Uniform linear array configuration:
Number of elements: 4
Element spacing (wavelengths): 0.75
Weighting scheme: cosine
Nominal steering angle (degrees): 30
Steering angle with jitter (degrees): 29.905
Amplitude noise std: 0.05
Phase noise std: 0.05

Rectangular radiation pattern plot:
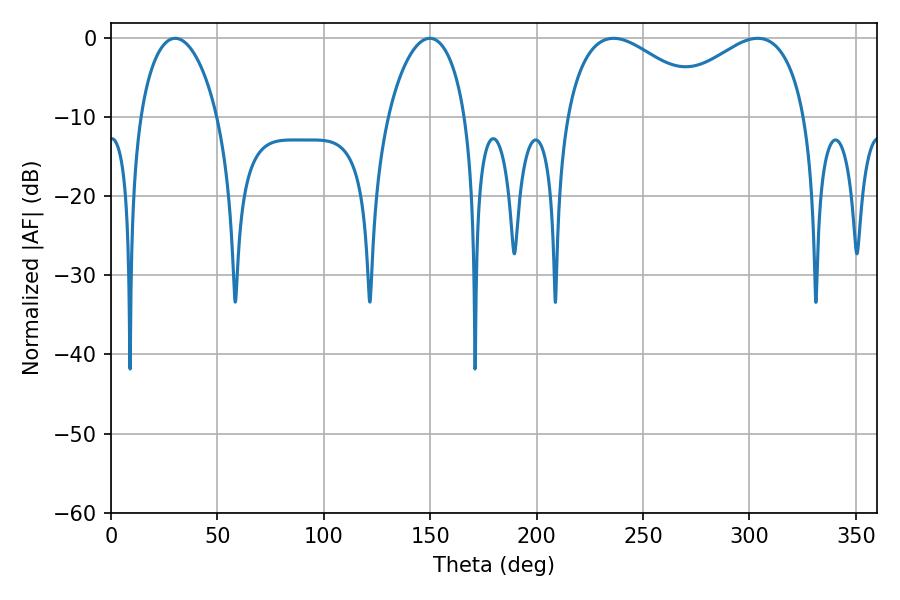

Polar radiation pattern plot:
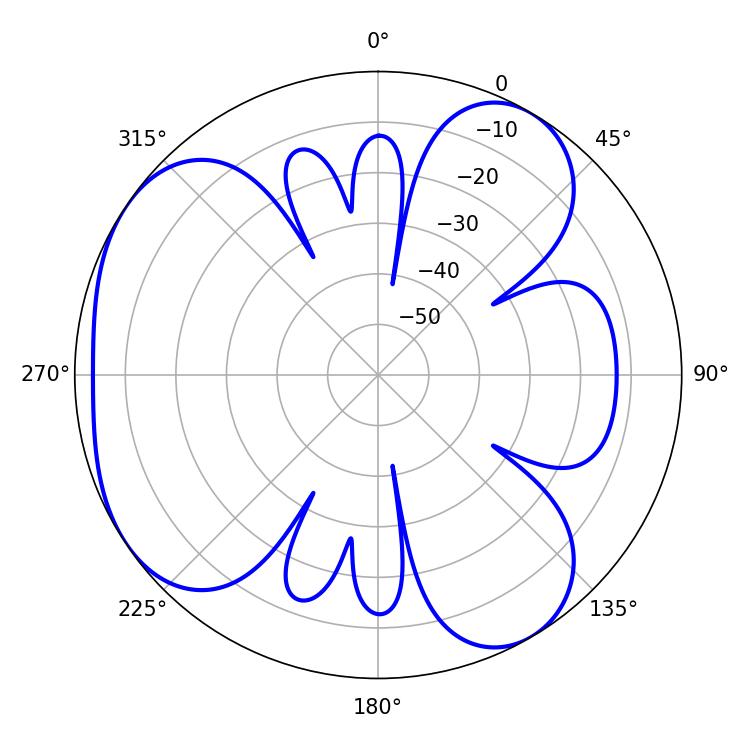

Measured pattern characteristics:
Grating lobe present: TRUE
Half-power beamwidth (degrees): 38.16
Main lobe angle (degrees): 236.16